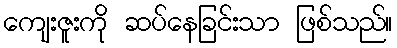
ကျေးဇူးကို ဆပ်နေခြင်းသာ ဖြစ်သည်။